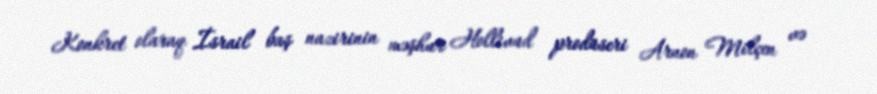
Konkret olaraq İsrail baş nazirinin məşhur Hollivud prodüseri Arnon Milçen və